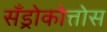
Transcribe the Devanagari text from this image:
सँड्रोकोत्तोस